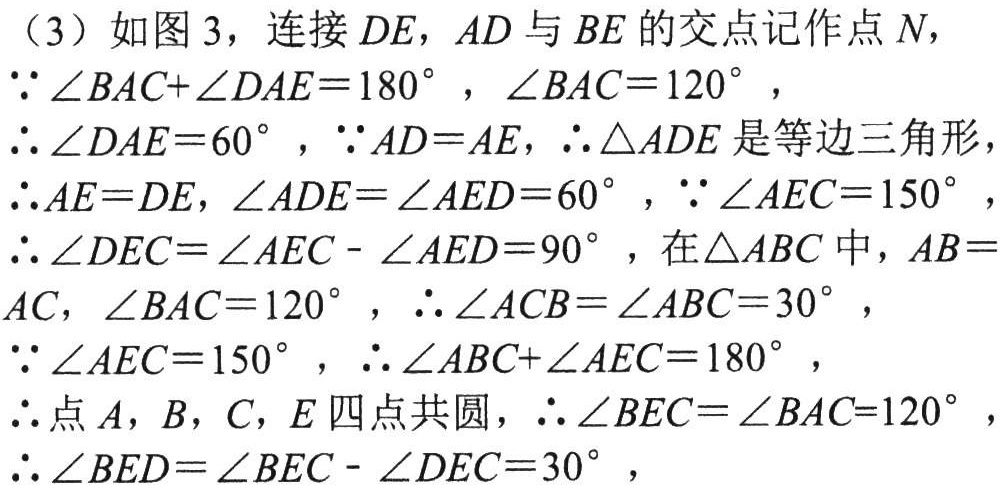
（3）如图 3，连接 \(DE\)，\(AD\) 与 \(BE\) 的交点记作点 \(N\)，
\(\because\angle BAC+\angle DAE = 180^{\circ}\)，\(\angle BAC = 120^{\circ}\)，
\(\therefore\angle DAE = 60^{\circ}\)，\(\because AD = AE\)，\(\therefore\triangle ADE\) 是等边三角形，
\(\therefore AE = DE\)，\(\angle ADE=\angle AED = 60^{\circ}\)，\(\because\angle AEC = 150^{\circ}\)，
\(\therefore\angle DEC=\angle AEC-\angle AED = 90^{\circ}\)，在\(\triangle ABC\) 中，\(AB = AC\)，\(\angle BAC = 120^{\circ}\)，\(\therefore\angle ACB=\angle ABC = 30^{\circ}\)，
\(\because\angle AEC = 150^{\circ}\)，\(\therefore\angle ABC+\angle AEC = 180^{\circ}\)，
\(\therefore\)点 \(A\)，\(B\)，\(C\)，\(E\) 四点共圆，\(\therefore\angle BEC=\angle BAC = 120^{\circ}\)，
\(\therefore\angle BED=\angle BEC-\angle DEC = 30^{\circ}\)，